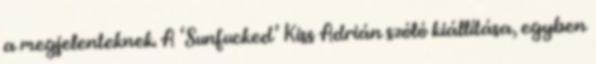
a megjelenteknek. A ‘Sunfucked’ Kiss Adrián szóló kiállítása, egyben